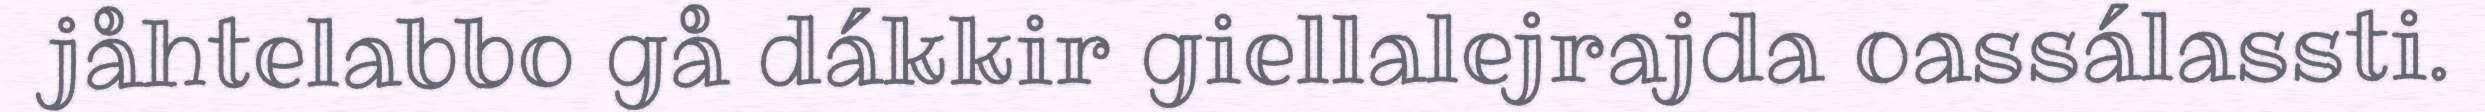
jåhtelabbo gå dákkir giellalejrajda oassálassti.